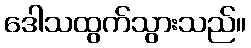
ဒေါသထွက်သွားသည်။